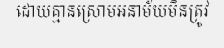
ដោយគ្មានស្រោមអនាម័យមិនត្រូវ